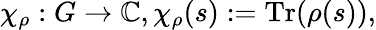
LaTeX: \chi_{\rho}:G\to\mathbb{C},\chi_{\rho}(s):={\mathrm{Tr}}(\rho(s)),